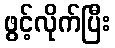
ဖွင့်လိုက်ပြီး